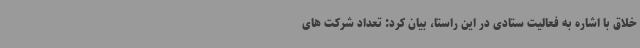
خلاق با اشاره به فعالیت ستادی در این راستا، بیان کرد: تعداد شرکت های